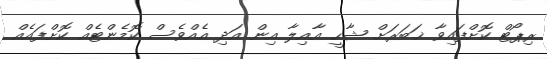
ރިޕޯޓް ކޮށްފައިވާ ޚަބަރަށް ޝާހީ އާއިލާ އިން އަދި އެއްވެސް ކޮމެންޓެއް ކޮށްފައެއް